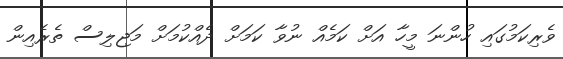
ވެރިކަމުގައި ހުންނަ މީހާ އަށް ކަމެއް ނުވާ ކަމަށް ދެއްކުމަށް މަޖިލިސް ތެރެއިން